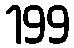
199